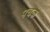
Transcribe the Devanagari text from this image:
पचक